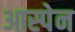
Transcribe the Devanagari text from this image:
आस्पेन